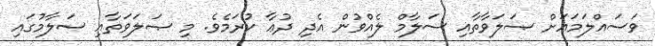
ވަސައްލަމައަށް ޞަލަވާތާއި ސަލާމް ލެއްވުން އެދި ދުޢާ ކުރަމެވެ. މި ޞަލަވަތާއި ސަލާމުގައި